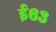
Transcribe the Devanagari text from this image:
ई६३